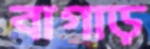
বাগাড়